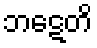
ဘဋေတိ